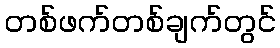
တစ်ဖက်တစ်ချက်တွင်